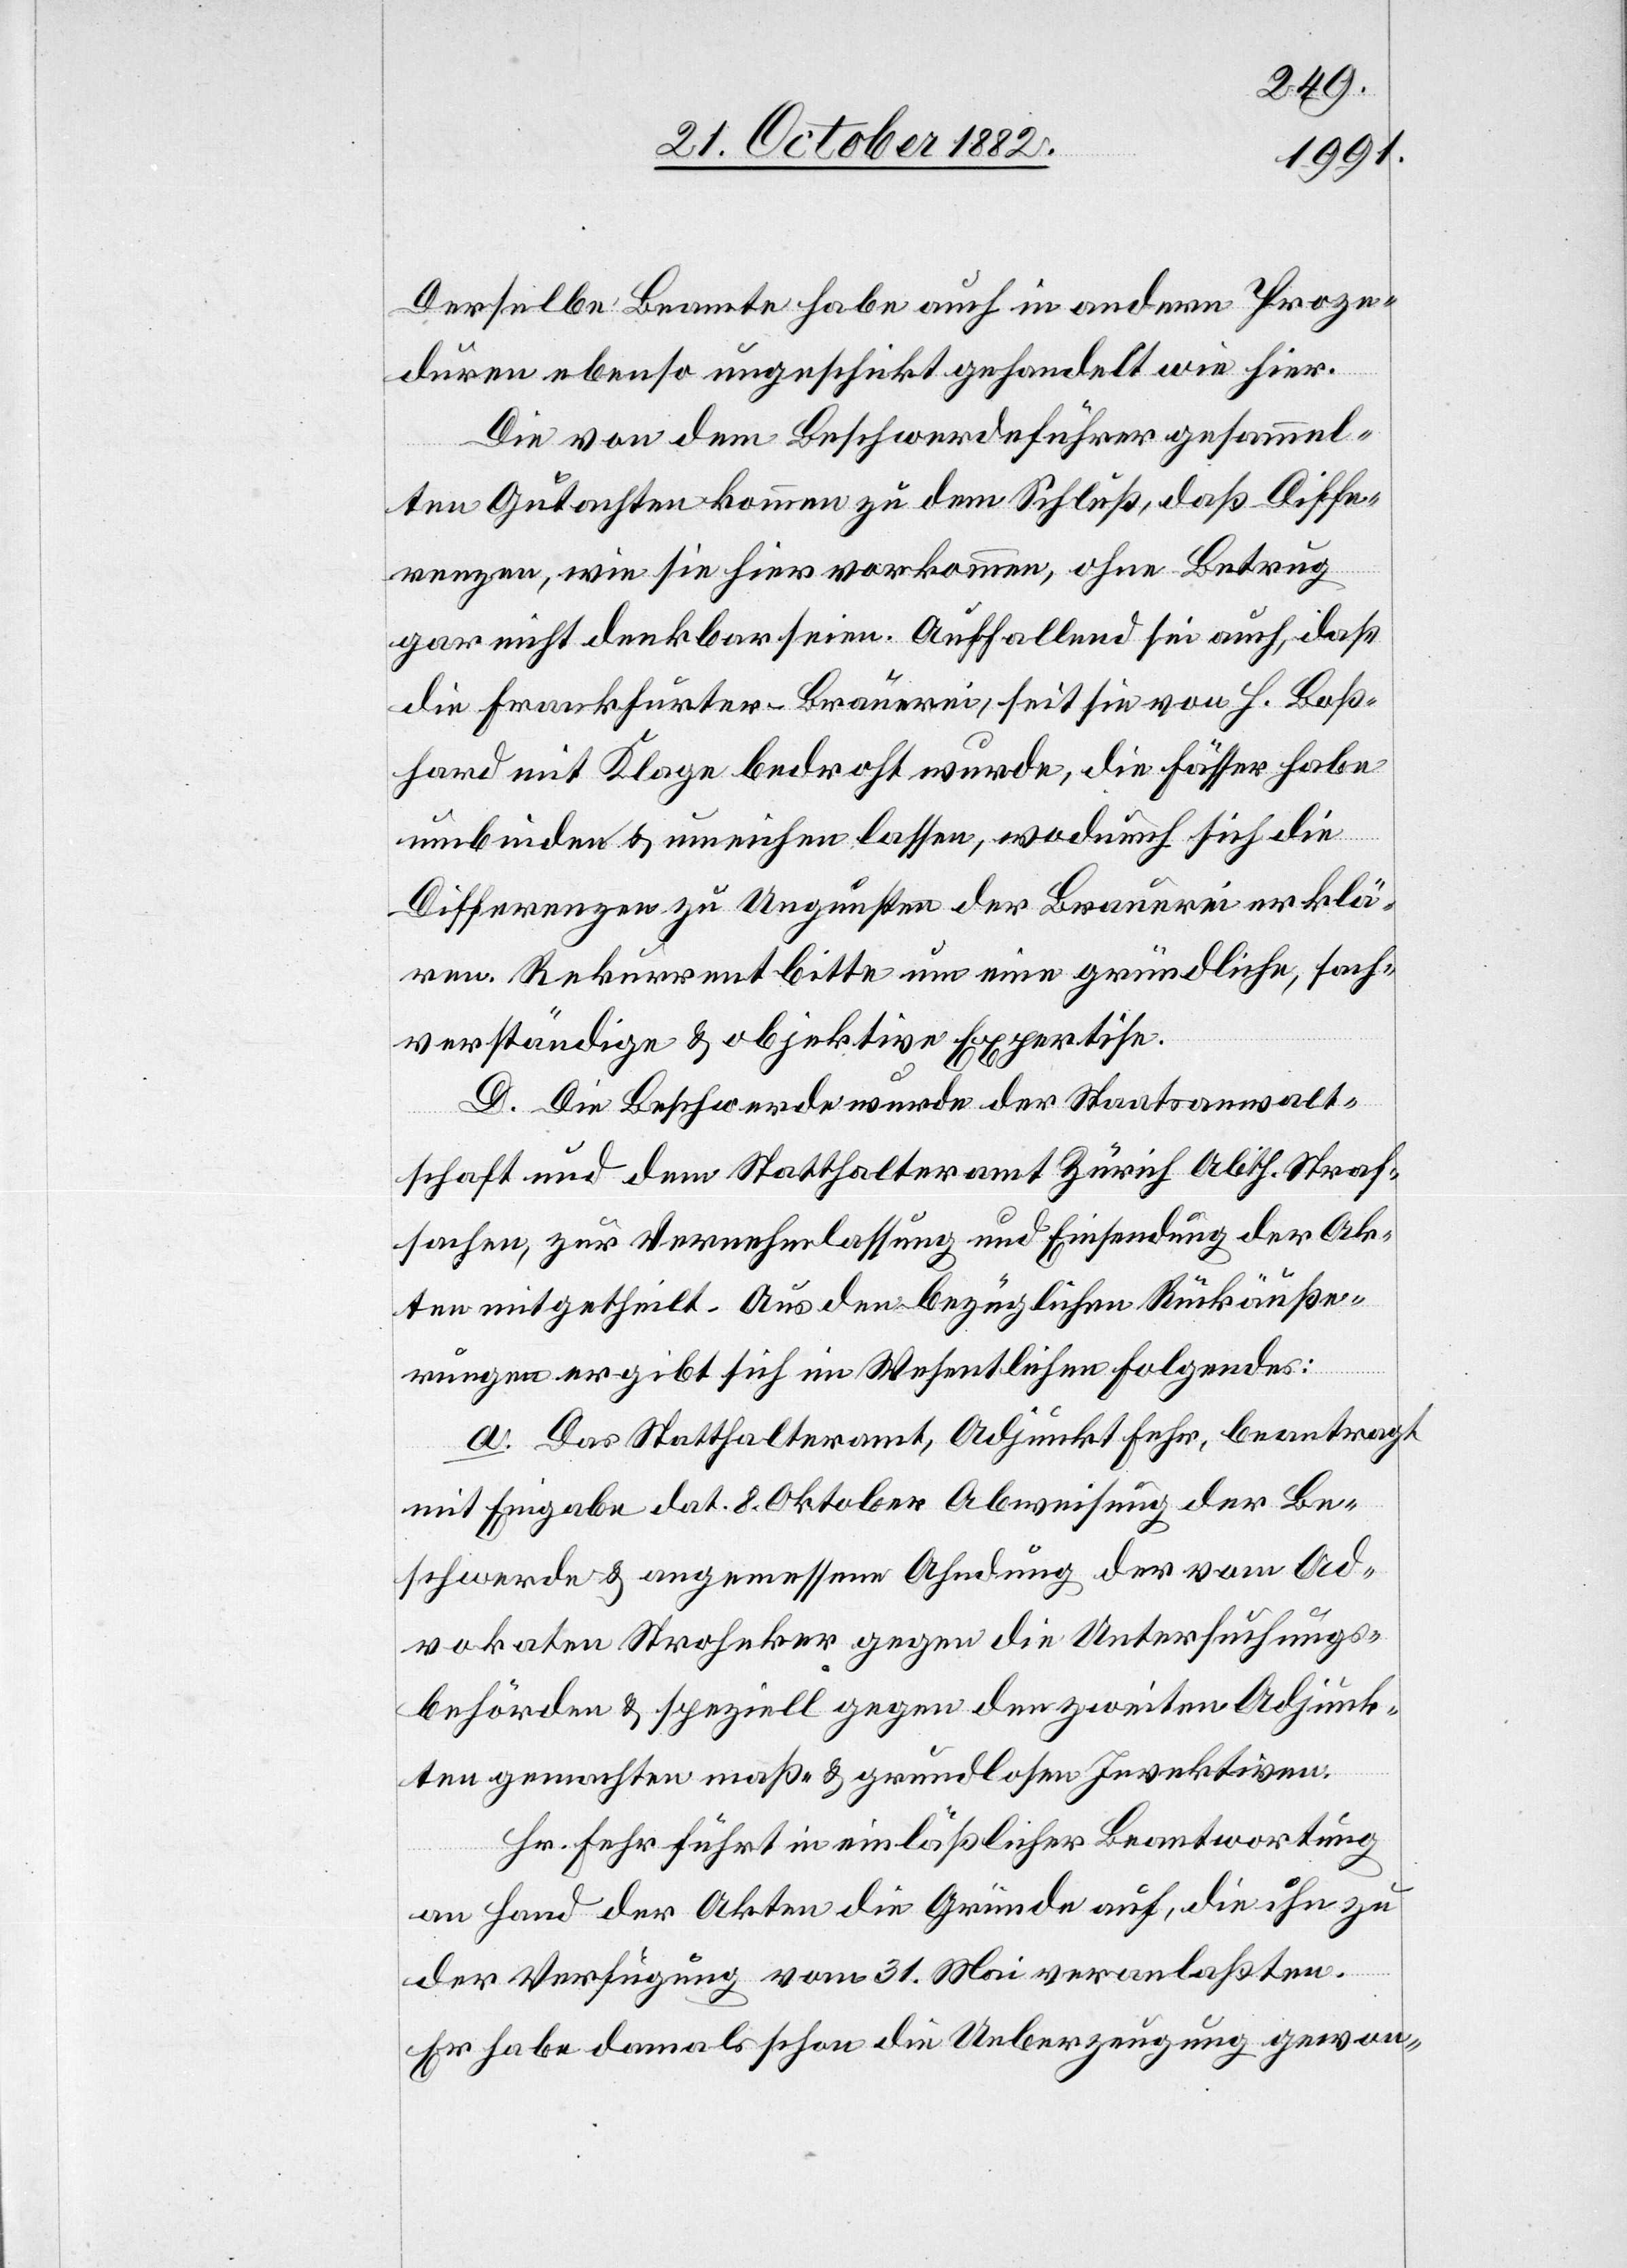
Derselbe Beamte habe auch in andern Proze¬
duren ebenso ungeschickt gehandelt wie hier.
Die von dem Beschwerdeführer gesammel¬
ten Gutachten kommen zu dem Schluß, daß Diffe¬
renzen, wie sie hier vorkommen, ohne Betrag
gar nicht denkbar seien. Auffallend sei auch, daß
die Frankfurter-Brauerei, seit sie von H. Boß¬
hard mit Klage bedroht wurde, die Fässer habe
umbinden & umeichen lassen, wodurch sich die
Differenzen zu Ungunsten der Brauerei erklä¬
ren. Rekurrent bittet um eine gründliche, sach¬
verständige & objektive Expertise.
D. Die Beschwerde wurde der Staatsanwalt¬
schaft und dem Statthalteramt Zürich Abth. Straf¬
sachen, zur Vernehmlassung und Einsendung der Ak¬
ten mitgetheilt. Aus den bezüglichen Rückäuße¬
rungen ergibt sich im Wesentlichen Folgendes:
a. Das Statthalteramt, Adjunkt Fehr, beantragt
mit Eingabe dat. 8. Oktober Abweisung der Be¬
schwerde & angemessene Ahndung der vom Ad¬
vokaten Stroheker gegen die Untersuchungs¬
behörden & speziell gegen den zweiten Adjunk¬
ten gemachten maß- und grundlosen Invektiven.
Hr. Fehr führt in einläßlicher Beantwortung
an Hand der Akten die Gründe auf, die ihn zu
der Verfügung vom 31. Mai veranlaßten.
Er habe damals schon die Ueberzeugung gewon-